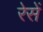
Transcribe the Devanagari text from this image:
रेसें